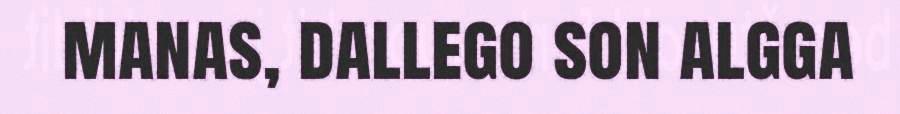
manas, dallego son algga